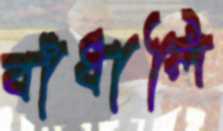
বাঁধালি